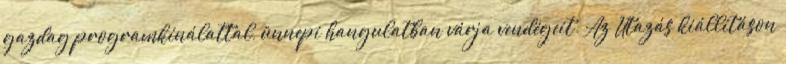
gazdag programkínálattal, ünnepi hangulatban várja vendégeit. Az Utazás kiállításon